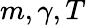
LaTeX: m,\gamma,T